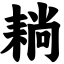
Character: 耥